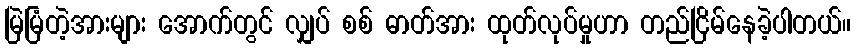
မြဲမြံတဲ့အားများ အောက်တွင် လျှပ် စစ် ဓာတ်အား ထုတ်လုပ်မှုဟာ တည်ငြိမ်နေခဲ့ပါတယ်။